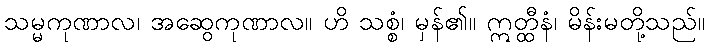
သမ္မကုဏာလ၊ အဆွေကုဏာလ။ ဟိ သစ္စံ၊ မှန်၏။ ဣတ္ထီနံ၊ မိန်းမတို့သည်။